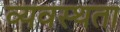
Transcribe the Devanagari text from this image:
व्यवस्थता